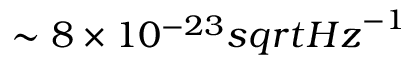
\sim 8 \times 1 0 ^ { - 2 3 } s q r t { H z } ^ { - 1 }